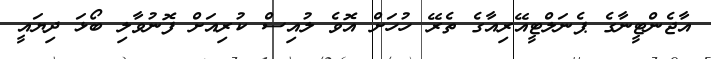
އާޖެންޓީނާގެ ޕެނަލްޓީއޭރިއާގެ ތެރޭ ހުހަށް އޮވެ ލުއިސް ކުރިއަށް ފޮނުވާލި ބޯޅަ ދިޔައީ